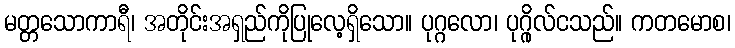
မတ္တသောကာရီ၊ အတိုင်းအရှည်ကိုပြုလေ့ရှိသော။ ပုဂ္ဂလော၊ ပုဂ္ဂိုလ်ငသည်။ ကတမောစ၊